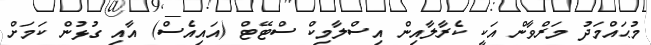
މުޙައްމަދު މަރްވާން އަކީ ކެރާލާއިން އިސްލާމިކް ސްޓޭޓް (އައިއެސް) އާއި ގުޅުން ކަމަށް